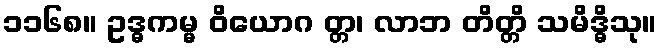
၁၁၆၈။ ဥဒ္ဓကမ္မ ဝိယောဂ တ္တ၊ လာဘ တိတ္တိ သမိဒ္ဓိသု။